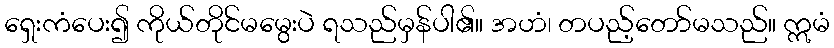
ရှေးကံပေး၍ ကိုယ်တိုင်မမွေးပဲ ရသည်မှန်ပါ၏။ အဟံ၊ တပည့်တော်မသည်။ ဣမံ